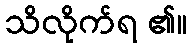
သိလိုက်ရ ၏။